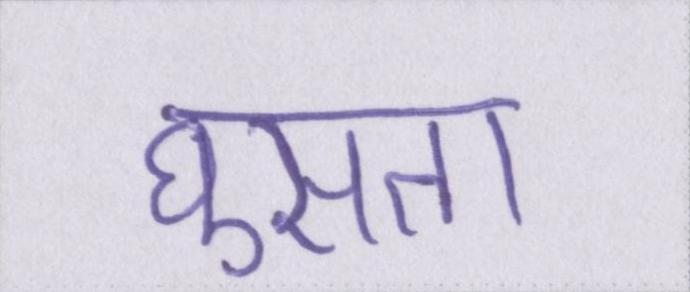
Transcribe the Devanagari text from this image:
घुसता